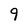
Character: 9